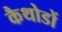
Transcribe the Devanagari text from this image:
कैथोडों